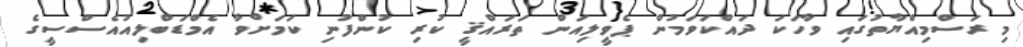
މި ރަސްމިއްޔާތުގައި ވާހަކަ ދައްކަވަމުން ޕެވީލިއަން ތަރައްޤީ ކުރި ކުންފުނި ކަމަށްވާ އެމްޑަބްލިއުއެސްސީގެ